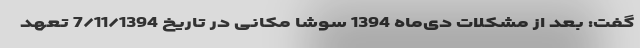
گفت: بعد از مشکلات دی‌ماه 1394 سوشا مکانی در تاریخ 7/11/1394 تعهد